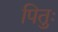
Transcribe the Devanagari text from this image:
पितुः